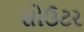
સોઉટર